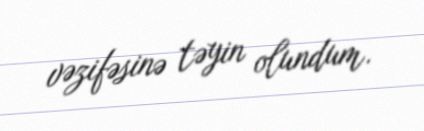
vəzifəsinə təyin olundum.